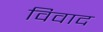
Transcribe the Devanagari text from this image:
विवाद